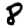
Digit: 8